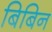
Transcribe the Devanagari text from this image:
बिबिन